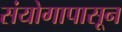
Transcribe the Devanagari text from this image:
संयोगापासून